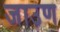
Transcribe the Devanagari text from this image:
जाउण